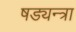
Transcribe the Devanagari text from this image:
षड्यन्त्रा